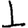
Digit: 1